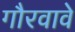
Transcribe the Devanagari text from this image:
गौरवावे